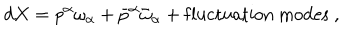
LaTeX: d X = p ^ { \alpha } \omega _ { \alpha } + \bar { p } ^ { \alpha } \bar { \omega } _ { \alpha } + \mathrm { f l u c t u a t i o n ~ m o d e s } ~ ,